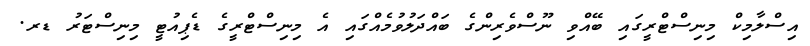
އިސްލާމިކް މިނިސްޓްރީގައި ބޭއްވި ނޫސްވެރިންގެ ބައްދަލުވުމެއްގައި އެ މިނިސްޓްރީގެ ޑެޕިއުޓީ މިނިސްޓަރު ޑރ.